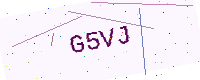
Text: G5VJ